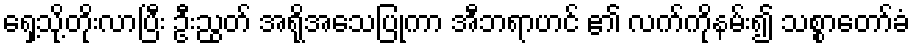
ရှေ့သို့တိုးလာပြီး ဦးညွတ် အရိုအသေပြုကာ အီဘရာဟင် ၏ လက်ကိုနမ်း၍ သစ္စာတော်ခံ